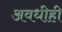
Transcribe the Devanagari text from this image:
अवधीही